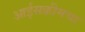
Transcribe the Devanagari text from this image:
आईसक्रीमचा